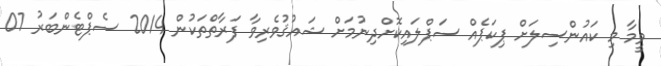
ވީމާ މި ކައުންސިލަށް ޕިކަޕެއް ސަޕްލައިކޮށްދިނުމަށް ޝައުޤުވެރިވާ ފަރާތްތަކުން 2014 ސެޕްޓެންބަރު 07